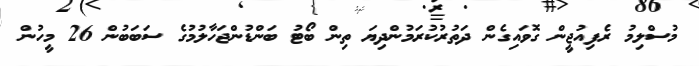
މުސްލިމު ރެފިއުޖީން ގޮވައިގެން ދަތުރުކުރަމުންދިޔަ ތިން ބޯޓު ބަންޑުންޖަހާލުމުގެ ސަބަބުން 26 މީހުން